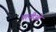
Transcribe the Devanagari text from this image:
पत्नीओं